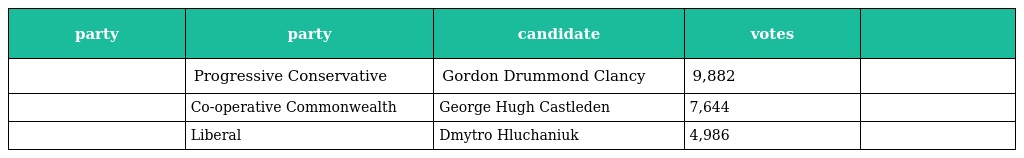
| party | party | candidate | votes |  |
 | --- | --- | --- | --- | --- |
 |  | Progressive Conservative | Gordon Drummond Clancy | 9,882 |  |
 |  | Co-operative Commonwealth | George Hugh Castleden | 7,644 |  |
 |  | Liberal | Dmytro Hluchaniuk | 4,986 |  |